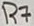
Text: R7